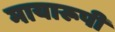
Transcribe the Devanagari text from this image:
मायारूपी